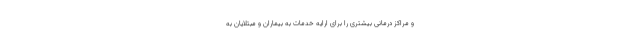
و مراکز درمانی بیشتری را برای ارایه خدمات به بیماران و مبتلایان به